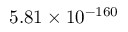
5 . 8 1 \times 1 0 ^ { - 1 6 0 }